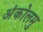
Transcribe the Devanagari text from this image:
अंकोलमु